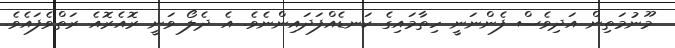
މޫނުމަތިން އަދިވެސް ފެންނަނީ ހިތާމައިގެ ކަނޑެއްފަދައިންނެވެ. އެ ދެލޯ ވަނީ ރޮއެރޮއެ ރަތްވެފައެވެ.